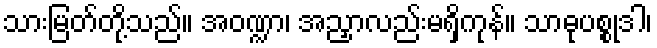
သားမြတ်တို့သည်။ အဝဏ္ဍာ၊ အညှာလည်းမရှိကုန်။ သာဓုပစ္စုဒါ၊